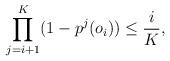
LaTeX: \begin{align*}\prod_{j=i+1}^K(1-p^j(o_i))\leq \frac{i}{K}, \end{align*}